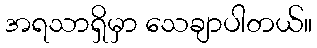
အရသာရှိမှာ သေချာပါတယ်။